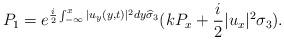
LaTeX: \begin{align*}&P_1=e^{\frac{i}{2} \int_{-\infty}^x|u_y(y, t)|^2 dy \widehat{\sigma}_{3}}(k P_x+\frac{i}{2} |u_x|^2 \sigma_{3}).\end{align*}